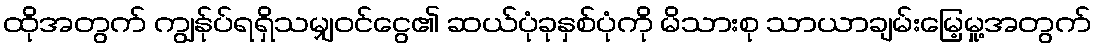
ထိုအတွက် ကျွန်ုပ်ရရှိသမျှဝင်ငွေ၏ ဆယ်ပုံခုနှစ်ပုံကို မိသားစု သာယာချမ်းမြေ့မှု့အတွက်